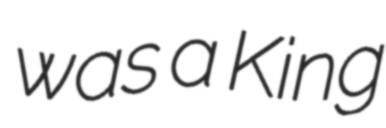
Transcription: was a King